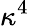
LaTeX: \kappa^{4}